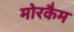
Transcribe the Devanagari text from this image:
मोरकैम